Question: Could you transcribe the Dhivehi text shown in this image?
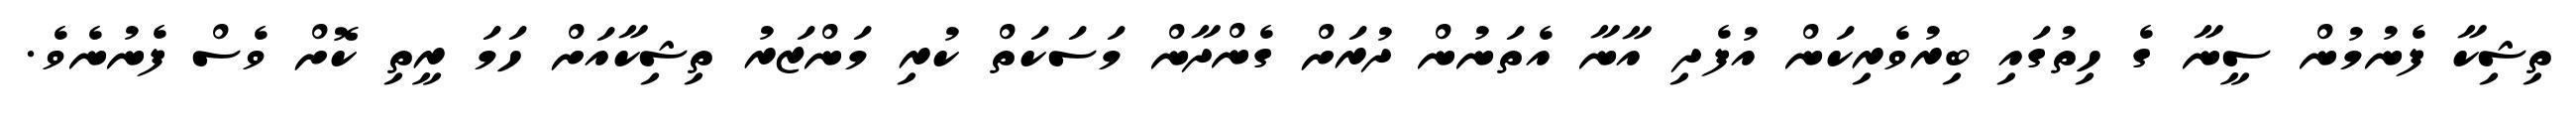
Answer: ތިޝިކާ ފެނުމުން ސީނާ ގެ ހިތުގައި ބިރުވެރިކަން އުފެދި އާނާ އެތަނުން ދުރަށް ގެންދާން މަސަކަތް ކުރި މަންޒަރު ތިޝިކާއަށް ހަމަ ރީތި ކޮށް ވެސް ފެނުނެވެ.